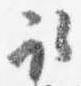
取